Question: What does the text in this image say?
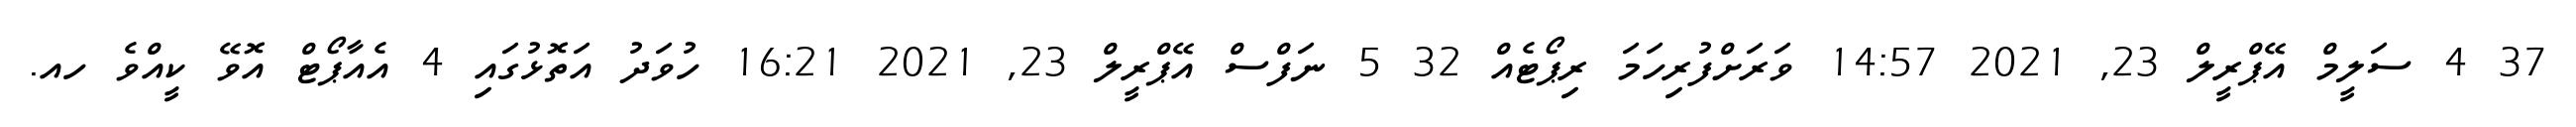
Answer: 37 4 ސަލީމް އޭޕްރީލް 23, 2021 14:57 ވަރަށްފުރިހަމަ ރިޕޯޓެއް 32 5 ނަފްސް އޭޕްރީލް 23, 2021 16:21 ހުވަދު އަތޮޅުގައި 4 އެއާޕޯޓް އޮވޭ ކީއްވެ ހއ.